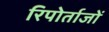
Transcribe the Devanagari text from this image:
रिपोर्ताजों